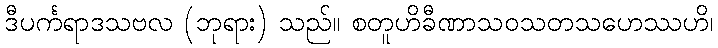
ဒီပင်္ကရာဒသဗလ (ဘုရား) သည်။ စတူဟိခီဏာသဝသတသဟေဿဟိ၊